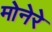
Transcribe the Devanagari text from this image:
मोनेरे